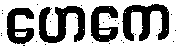
ဟေကေ